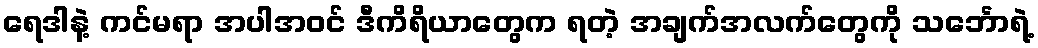
ရေဒါနဲ့ ကင်မရာ အပါအဝင် ဒီကိရိယာတွေက ရတဲ့ အချက်အလက်တွေကို သင်္ဘောရဲ့